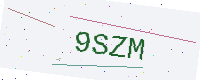
Text: 9SZM